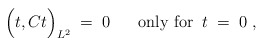
\begin{align*}\Big( t, C t \Big)_{L^2} \; = \; 0 \; \; \; \; \; \;\mbox{only for} \; \; t \; = \; 0 \; ,\end{align*}